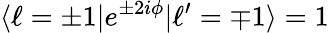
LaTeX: \langle\ell=\pm 1|e^{\pm 2i\phi}|\ell^{\prime}=\mp 1\rangle=1